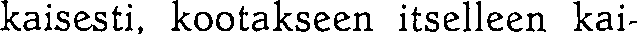
kaisesti, kootakseen itselleen kai-